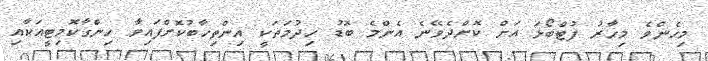
މިހެންވެ މިހާރު ފުޓްބޯޅަ އަށް ކޮށްދެވޭނެ އެންމެ ބޮޑު ހިދުމަތަކީ އިންތިހާބުކޮށްފައިވާ ހިންގާކޮމިޓީއަކާއި